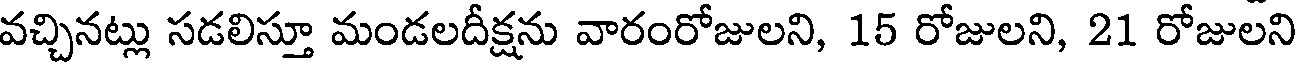
వచ్చినట్లు సడలిస్తూ మండలదీక్షను వారంరోజులని, 15 రోజులని, 21 రోజులని